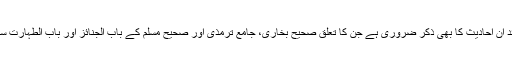
یہاں شائد ان احادیث کا بھی ذکر ضروری ہے جن کا تعلق صحیح بخاری، جامع ترمذی اور صحیح مسلم کے باب الجنائز اور باب الطہارت سے ہے ۔